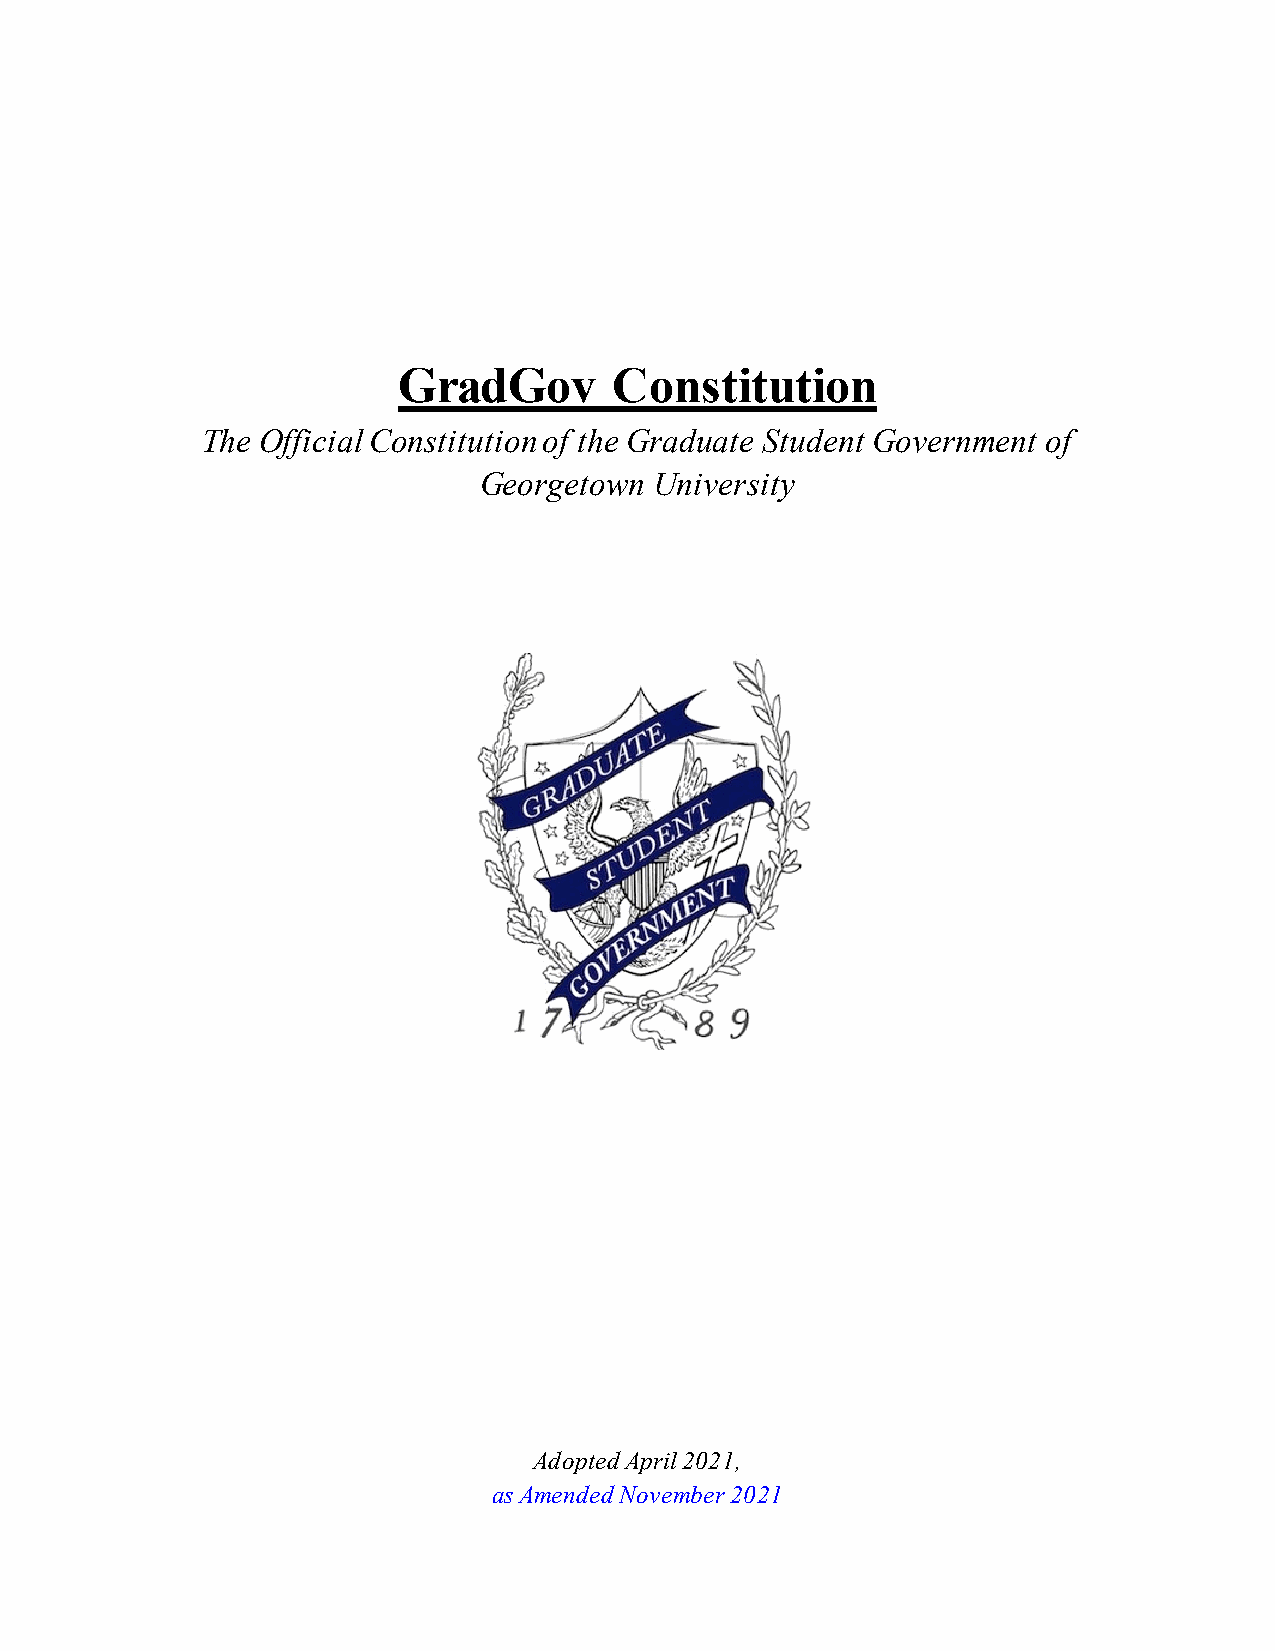
GradGov        Constitution
 The Official Constitution of the Graduate Student Government of
 Georgetown University
 Adopted April 2021,
 as Amended November 2021